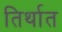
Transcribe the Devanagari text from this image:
तिर्थात